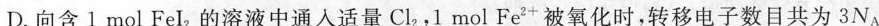
D.向含1mol FeI_{2}的溶液中通人适量Cl_{2}，1mol Fe^{2+}被氧化时，转移电子数目共为3N_{A}